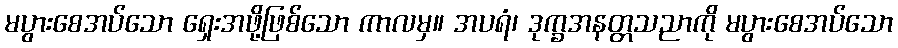
မပွားစေအပ်သော ရှေးအဖို့ဖြစ်သော ကာလမှ။ အပရံ၊ ဒုက္ခအနတ္တသညာကို မပွားစေအပ်သော